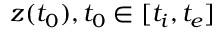
\ensuremath { \boldsymbol { z } } ( t _ { 0 } ) , t _ { 0 } \in [ t _ { i } , t _ { e } ]